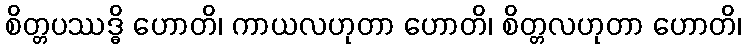
စိတ္တပဿဒ္ဓိ ဟောတိ၊ ကာယလဟုတာ ဟောတိ၊ စိတ္တလဟုတာ ဟောတိ၊